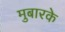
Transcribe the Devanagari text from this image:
मुबारके